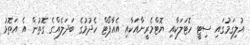
އުލިގަމުގައި ސިޓީ ހޮޓަލަކާއި ޔޮޓްމެރީނާއަކާއި އެއާޕޯޓް ހެދުމުގެ ބަދަލެއްގެ ގޮތުން އެ އަތޮޅު